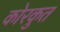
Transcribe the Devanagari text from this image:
कोरकुत